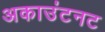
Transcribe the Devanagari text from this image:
अकाउंटनट